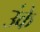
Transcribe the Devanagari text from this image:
उंके